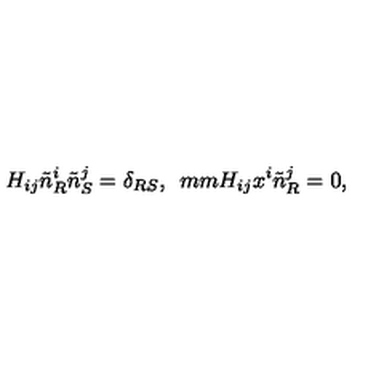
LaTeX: H _ { i j } \tilde { n } _ { R } ^ { i } \tilde { n } _ { S } ^ { j } = \delta _ { R S } , \hspace * { 5 m m } H _ { i j } x ^ { i } \tilde { n } _ { R } ^ { j } = 0 ,